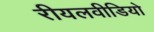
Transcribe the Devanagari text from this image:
रीयलवीडियो